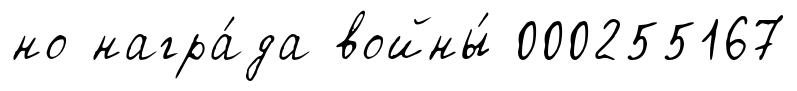
но награ́да войны́ 000255167